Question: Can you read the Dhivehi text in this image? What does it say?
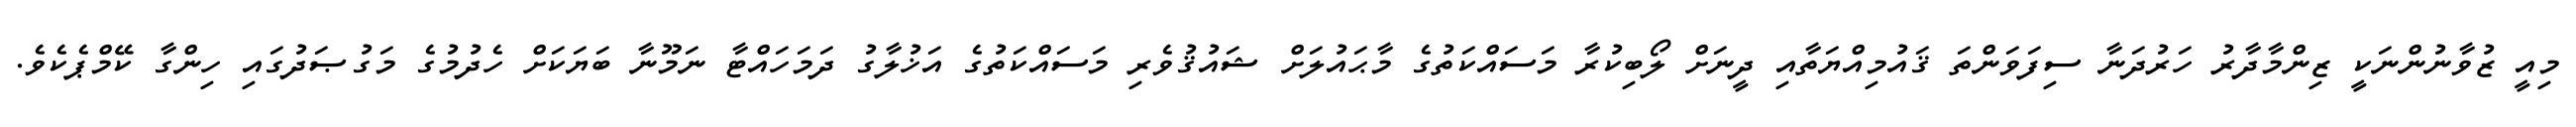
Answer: މިއީ ޒުވާނުންނަކީ ޒިންމާދާރު ހަރުދަނާ ސިފަވަންތަ ޤައުމިއްޔަތާއި ދީނަށް ލޯބިކުރާ މަސައްކަތުގެ މާޙައުލަށް ޝައުޤުވެރި މަސައްކަތުގެ އަޚުލާގު ދަމަހައްޓާ ނަމޫނާ ބަޔަކަށް ހެދުމުގެ މަގުޞަދުގައި ހިންގާ ކޭމްޕެކެވެ.